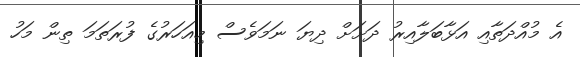
އެ މުއްދަތާއި އަޅާބަލާއިރު ދަށަށް ދިޔަ ނަމަވެސް މިއަހަރުގެ ފުރަތަމަ ތިން މަހު